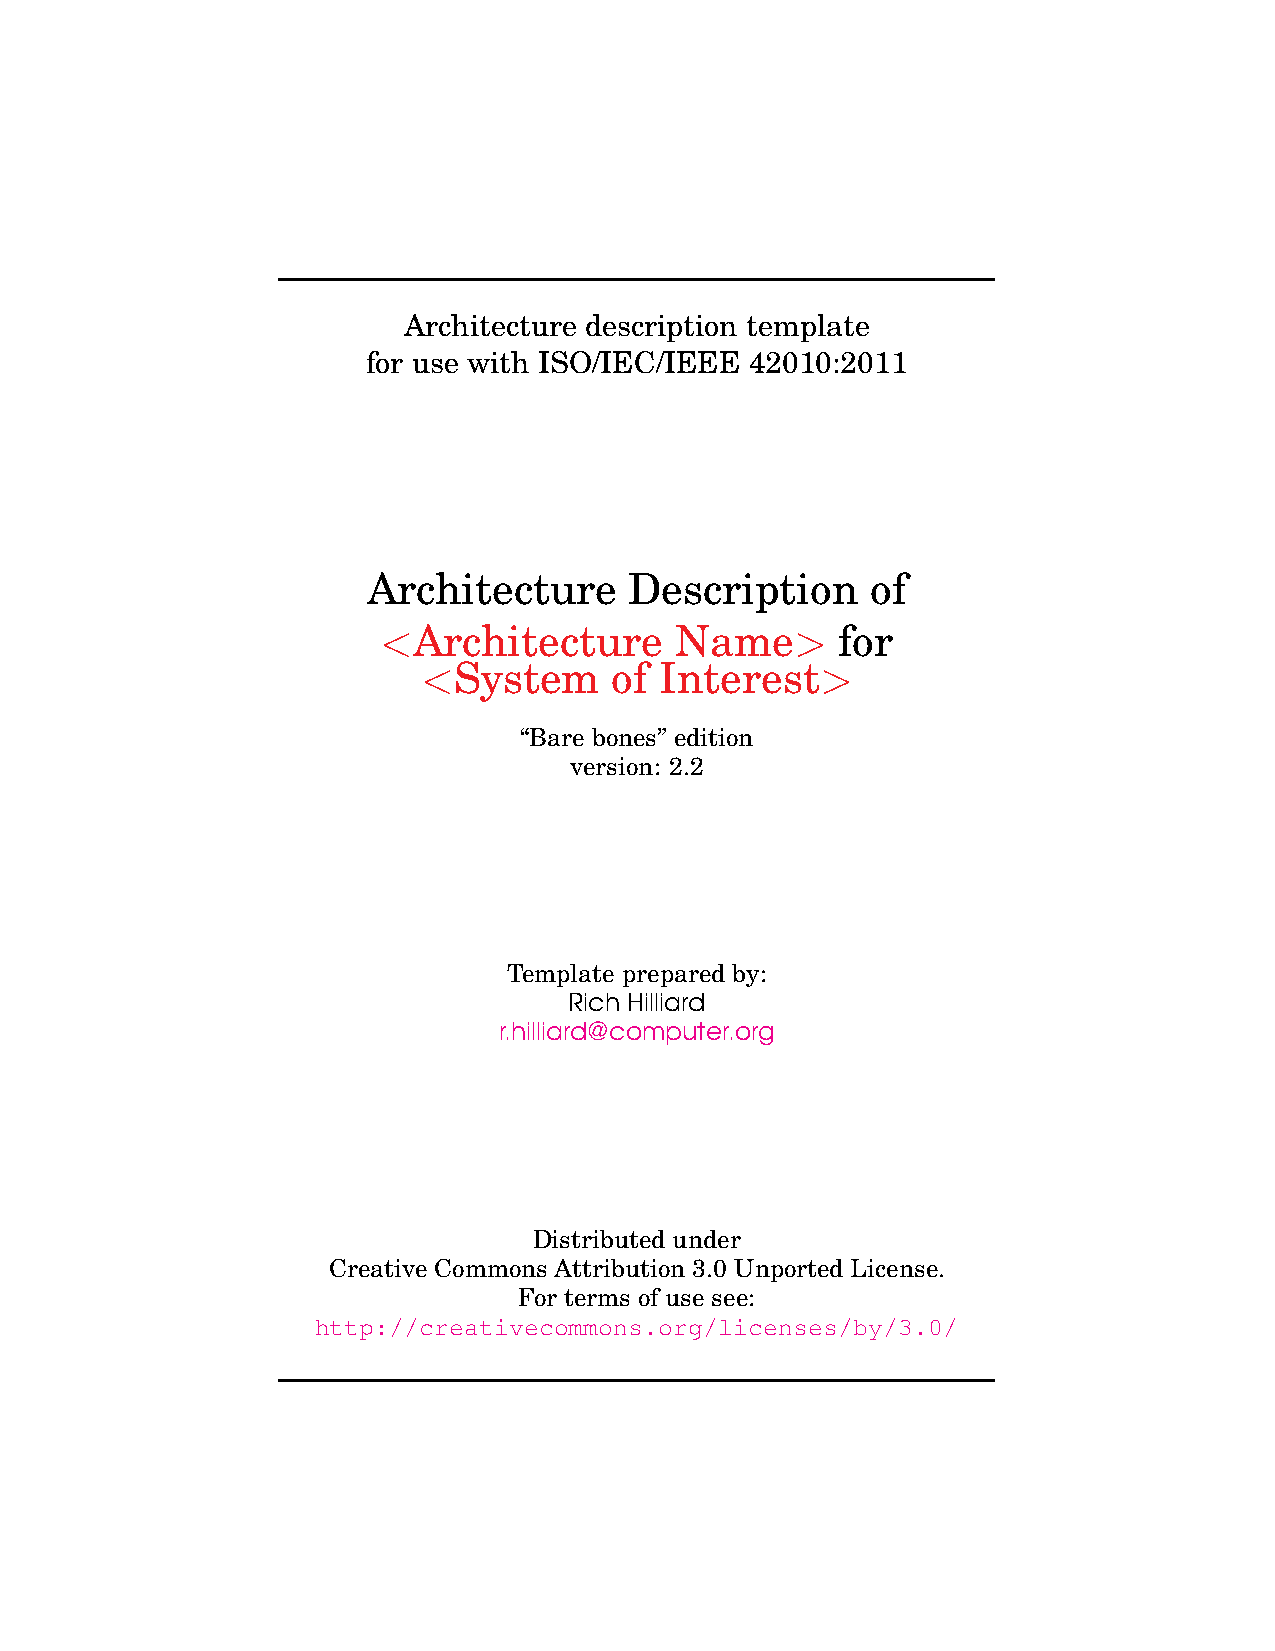
Architecture description template
 for use with ISO/IEC/IEEE 42010:2011
 Architecture      Description     of
 <Architecture       Name>      for
 <System      of Interest>
 “Bare bones” edition
 version: 2.2
 Template prepared by:
 Rich Hilliard
 r.hilliard@computer.org
 Distributed under
 Creative Commons Attribution 3.0 Unported License.
 For terms of use see:
 http://creativecommons.org/licenses/by/3.0/